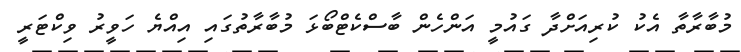
މުބާރާތާ އެކު ކުރިއަށްދާ ގައުމީ އަންހެން ބާސްކެޓްބޯޅަ މުބާރާތުގައި އިއްޔެ ހަވީރު ވިކްޓަރީ